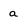
Character: a